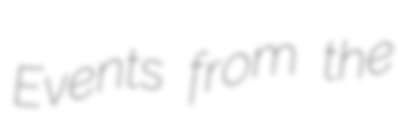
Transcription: Events from the